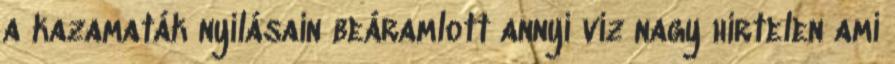
a kazamaták nyílásain beáramlott annyi víz nagy hirtelen ami